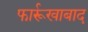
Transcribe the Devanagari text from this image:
फार्रूखाबाद